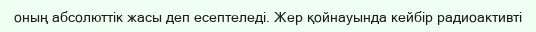
оның абсолюттік жасы деп есептеледі. Жер қойнауында кейбір радиоактивті